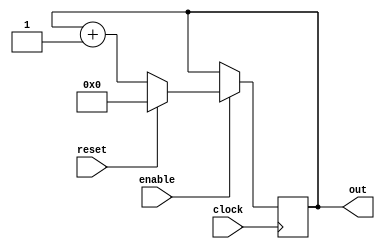
`timescale 1ns / 100ps
module counter (clock, reset, enable, out); 
input clock;
input reset;
input enable;
output [0:3] out; 
reg [0:3] out;
initial begin
end
always @(posedge clock) begin 
	if (enable == 1'b1) begin
		if (reset == 1'b1)
			out <= 4'b0000; 
		else begin 
			out <=  out+ 1;	
		end
	end
end
endmodule